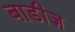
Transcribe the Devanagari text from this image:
बाडीज़